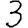
Digit: 3